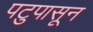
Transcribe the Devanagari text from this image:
पटुपासून